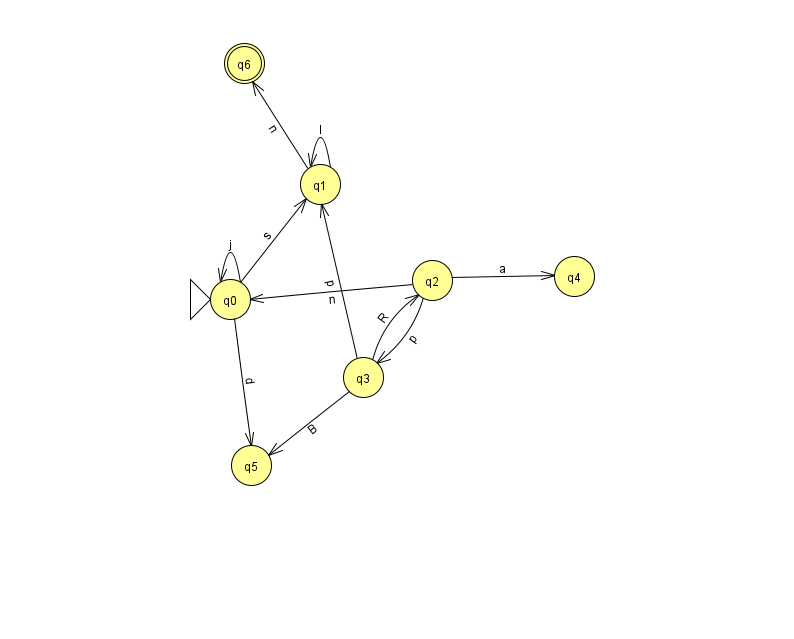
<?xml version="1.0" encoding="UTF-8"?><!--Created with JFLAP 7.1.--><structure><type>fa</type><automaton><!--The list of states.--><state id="0" name="q0"><x>230.0</x><y>286.0</y><initial/></state><state id="1" name="q1"><x>320.0</x><y>171.0</y></state><state id="2" name="q2"><x>432.0</x><y>267.0</y></state><state id="3" name="q3"><x>363.0</x><y>364.0</y></state><state id="4" name="q4"><x>574.0</x><y>263.0</y></state><state id="5" name="q5"><x>251.0</x><y>452.0</y></state><state id="6" name="q6"><x>244.0</x><y>50.0</y><final/></state><!--The list of transitions.--><transition><from>3</from><to>5</to><read>B</read></transition><transition><from>0</from><to>1</to><read>s</read></transition><transition><from>1</from><to>6</to><read>n</read></transition><transition><from>3</from><to>2</to><read>R</read></transition><transition><from>2</from><to>0</to><read>n</read></transition><transition><from>2</from><to>3</to><read>p</read></transition><transition><from>0</from><to>5</to><read>d</read></transition><transition><from>2</from><to>4</to><read>a</read></transition><transition><from>0</from><to>0</to><read>j</read></transition><transition><from>1</from><to>1</to><read>l</read></transition><transition><from>3</from><to>1</to><read>p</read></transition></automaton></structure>